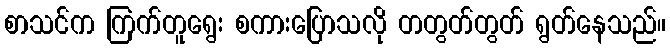
စာသင်က ကြက်တူရွေး စကားပြောသလို တတွတ်တွတ် ရွတ်နေသည်။